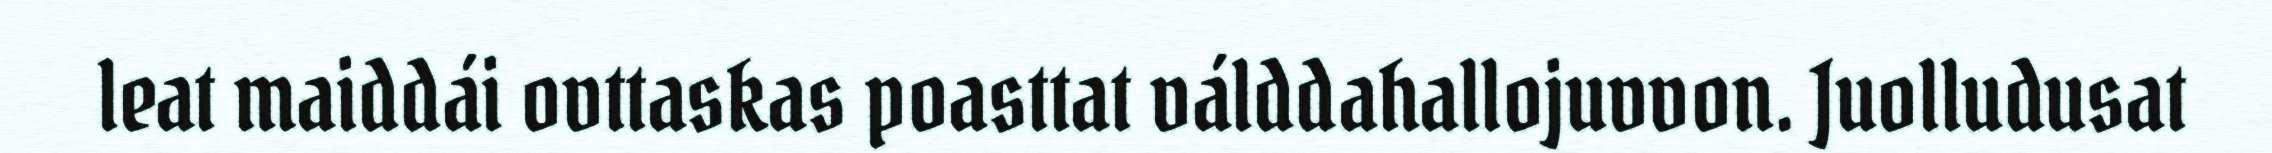
leat maiddái ovttaskas poasttat válddahallojuvvon. Juolludusat